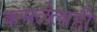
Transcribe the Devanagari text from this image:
कमलेलाही